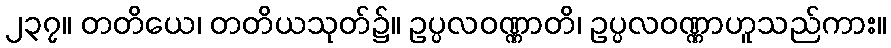
၂၃၇။ တတိယေ၊ တတိယသုတ်၌။ ဥပ္ပလဝဏ္ဏာတိ၊ ဥပ္ပလဝဏ္ဏာဟူသည်ကား။